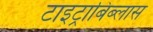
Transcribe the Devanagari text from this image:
टाइट्राबिब्लास